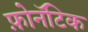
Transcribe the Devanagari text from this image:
फ़ोनॅटिक